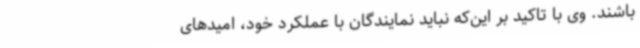
باشند. وی با تاکید بر این‌که نباید نمایندگان با عملکرد خود، امیدهای